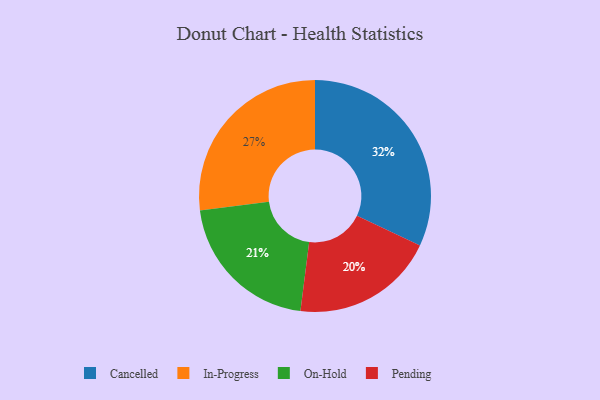
{"axis": {"x": "Category", "y": "Percentage"}, "legend": ["Cancelled", "In-Progress", "On-Hold", "Pending"], "data": [{"x": "Cancelled", "y": 32, "type": "Cancelled"}, {"x": "On-Hold", "y": 21, "type": "On-Hold"}, {"x": "In-Progress", "y": 27, "type": "In-Progress"}, {"x": "Pending", "y": 20, "type": "Pending"}]}